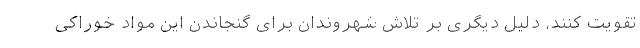
تقویت کنند، دلیل دیگری بر تلاش شهروندان برای گنجاندن این مواد خوراکی